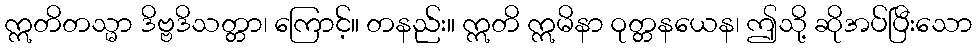
ဣတိတသ္မာ ဒိဗ္ဗဒိသတ္တာ၊ ကြောင့်။ တနည်း။ ဣတိ ဣမိနာ ဝုတ္တနယေန၊ ဤသို့ ဆိုအပ်ပြီးသော